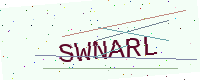
Text: SWNARL